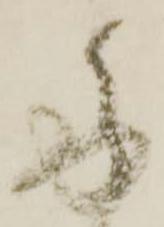
多